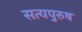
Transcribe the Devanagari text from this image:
सत्यपुरुष